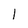
Character: 1